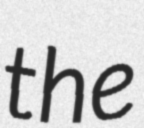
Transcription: the